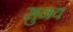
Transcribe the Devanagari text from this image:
सुनय